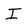
Character: I